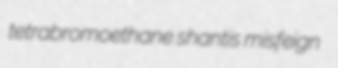
tetrabromoethane shantis misfeign